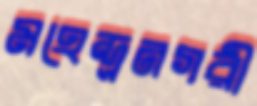
মহেন্দ্রনগরী